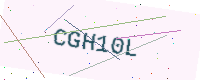
Text: CGH10L